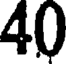
40